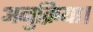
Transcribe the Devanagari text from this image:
अनुक्रिया।